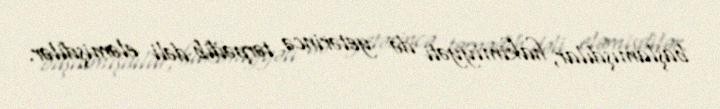
başlamışdılar, hakimiyyəti də yetərincə tərpədib dəli eləmişdilər.